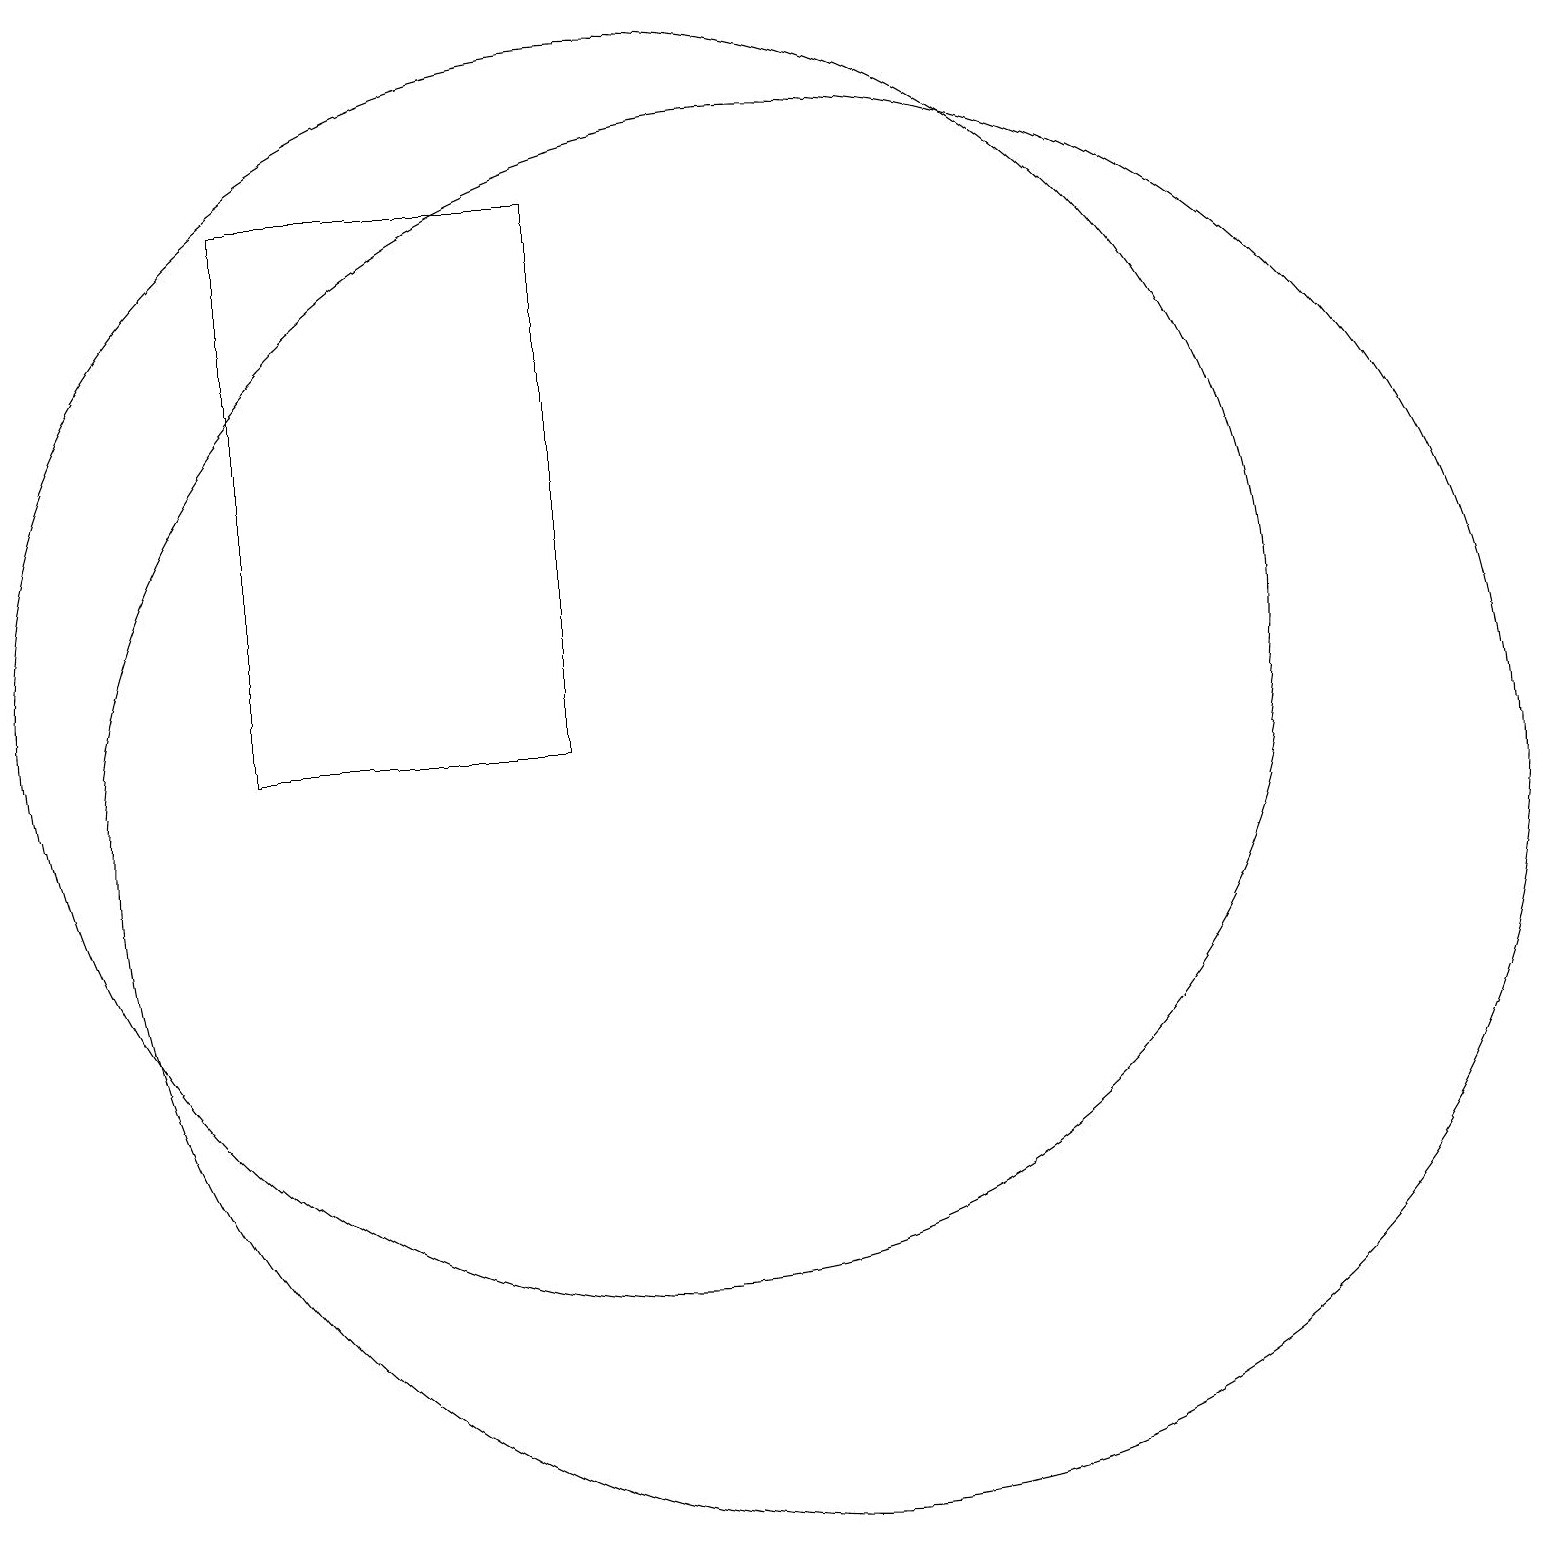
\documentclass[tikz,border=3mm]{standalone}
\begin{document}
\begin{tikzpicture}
\draw (10,12) circle (8);
\draw (9,11) rectangle (9,14);
\draw (12,10) circle (9);
\draw (5,18) rectangle (9,11);
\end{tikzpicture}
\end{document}